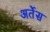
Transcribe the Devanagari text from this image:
अर्तेस